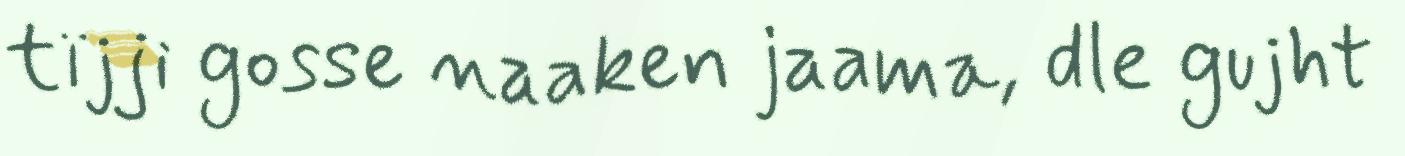
tïjji gosse naaken jaama, dle gujht